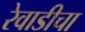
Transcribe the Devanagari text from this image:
रेवाडीचा